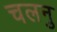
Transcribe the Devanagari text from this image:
चलनु